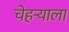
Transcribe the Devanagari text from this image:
चेहर्‍याला